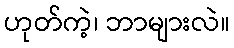
ဟုတ်ကဲ့၊ ဘာများလဲ။